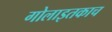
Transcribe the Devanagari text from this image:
गोलाइतकाच